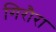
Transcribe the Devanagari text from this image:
गिरौरा